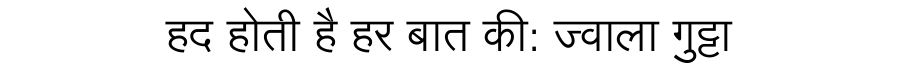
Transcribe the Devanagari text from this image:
हद होती है हर बात की: ज्वाला गुट्टा